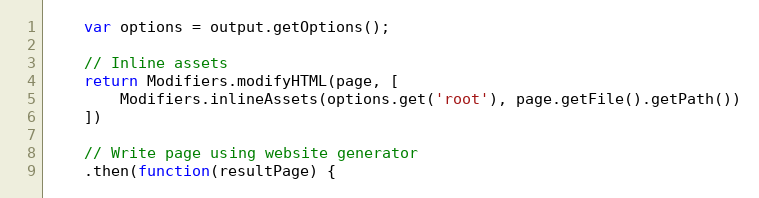
Language: JavaScript
    var options = output.getOptions();

    // Inline assets
    return Modifiers.modifyHTML(page, [
        Modifiers.inlineAssets(options.get('root'), page.getFile().getPath())
    ])

    // Write page using website generator
    .then(function(resultPage) {